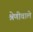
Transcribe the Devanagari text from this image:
श्रेणीवाले